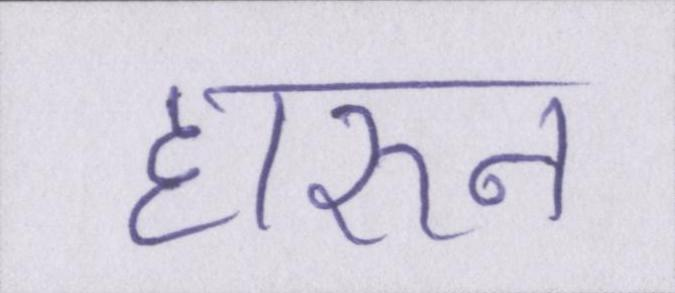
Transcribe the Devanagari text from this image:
हारुन